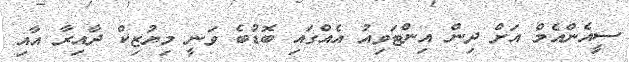
ސީއެންއެމް އަށް ދިން އިންޓަވިއު އެއްގައި ބޮޑުބެ ވަނީ މިޔުޒިކް ދާއިރާ އާއި